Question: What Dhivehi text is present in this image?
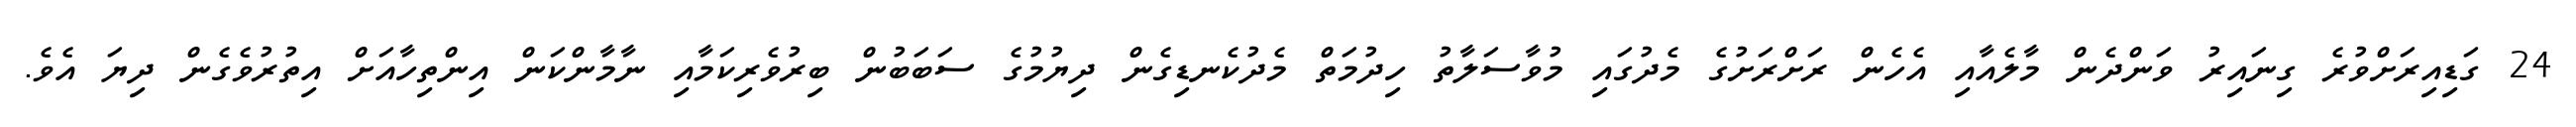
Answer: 24 ގަޑިއިރަށްވުރެ ގިނައިރު ވަންދެން މާލެއާއި އެހެން ރަށްރަށުގެ މެދުގައި މުވާސަލާތު ހިދުމަތް މެދުކެނޑިގެން ދިޔުމުގެ ސަބަބުން ބިރުވެރިކަމާއި ނާމާންކަން އިންތިހާއަށް އިތުރުވެގެން ދިޔަ އެވެ.